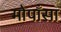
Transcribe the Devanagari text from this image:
मोपाँसा